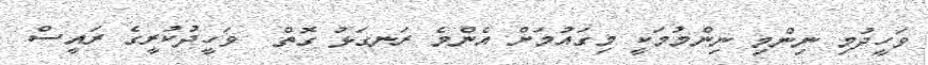
ވަހީދުމި ނިންމި ނިންމުމަކީ މިގައުމަށް އެންމެ ރަނގަޅު ގޮތް  ވަހީދުކުރީގެ ރައީސް